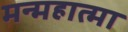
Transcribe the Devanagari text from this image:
मन्महात्मा